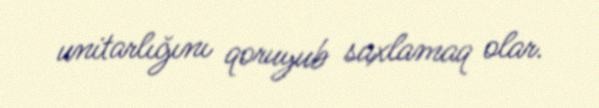
unitarlığını qoruyub saxlamaq olar.